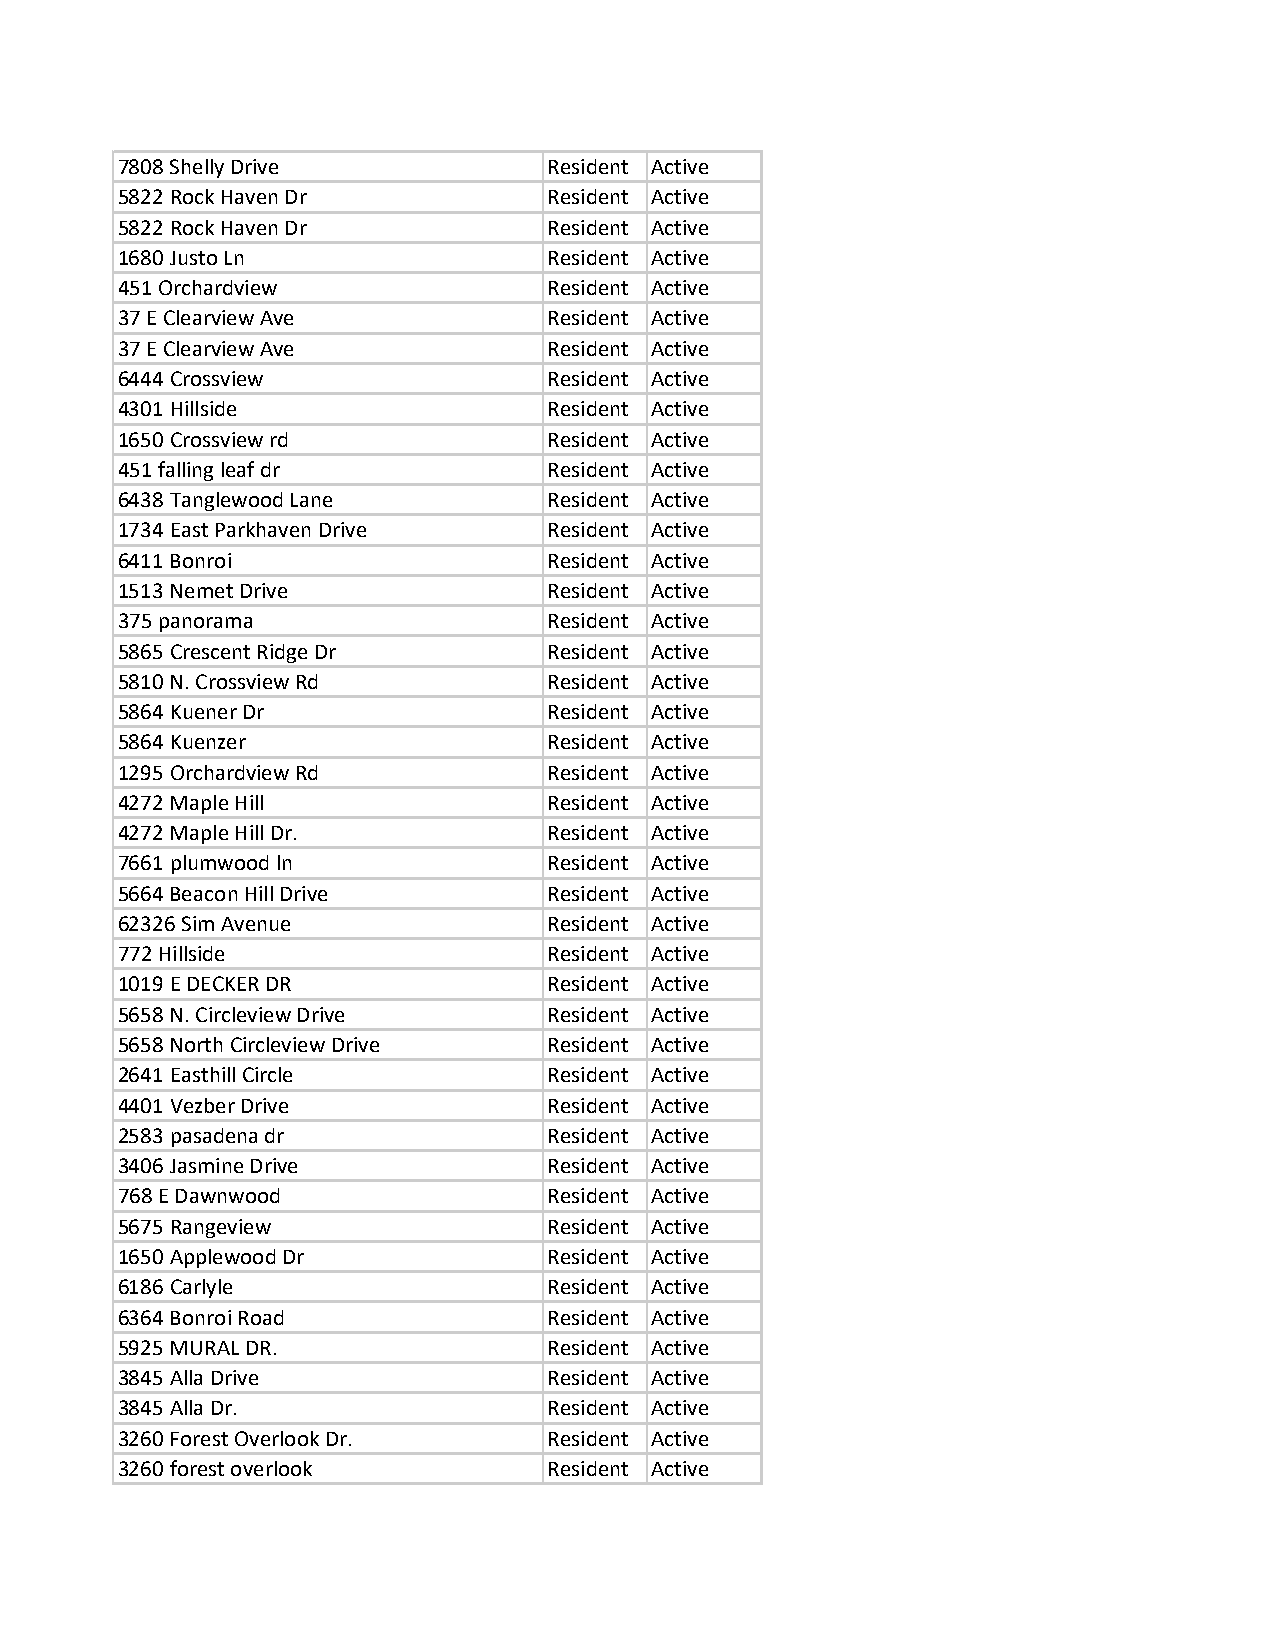
7808 Shelly Drive           Resident Active
 5822 Rock Haven Dr          Resident Active
 5822 Rock Haven Dr          Resident Active
 1680 Justo Ln               Resident Active
 451 Orchardview             Resident Active
 37 E Clearview Ave          Resident Active
 37 E Clearview Ave          Resident Active
 6444 Crossview              Resident Active
 4301 Hillside               Resident Active
 1650 Crossview rd           Resident Active
 451 falling leaf dr         Resident Active
 6438 Tanglewood Lane        Resident Active
 1734 East Parkhaven Drive   Resident Active
 6411 Bonroi                 Resident Active
 1513 Nemet Drive            Resident Active
 375 panorama                Resident Active
 5865 Crescent Ridge Dr      Resident Active
 5810 N. Crossview Rd        Resident Active
 5864 Kuener Dr              Resident Active
 5864 Kuenzer                Resident Active
 1295 Orchardview Rd         Resident Active
 4272 Maple Hill             Resident Active
 4272 Maple Hill Dr.         Resident Active
 7661 plumwood ln            Resident Active
 5664 Beacon Hill Drive      Resident Active
 62326 Sim Avenue            Resident Active
 772 Hillside                Resident Active
 1019 E DECKER DR            Resident Active
 5658 N. Circleview Drive    Resident Active
 5658 North Circleview Drive Resident Active
 2641 Easthill Circle        Resident Active
 4401 Vezber Drive           Resident Active
 2583 pasadena dr            Resident Active
 3406 Jasmine Drive          Resident Active
 768 E Dawnwood              Resident Active
 5675 Rangeview              Resident Active
 1650 Applewood Dr           Resident Active
 6186 Carlyle                Resident Active
 6364 Bonroi Road            Resident Active
 5925 MURAL DR.              Resident Active
 3845 Alla Drive             Resident Active
 3845 Alla Dr.               Resident Active
 3260 Forest Overlook Dr.    Resident Active
 3260 forest overlook        Resident Active